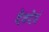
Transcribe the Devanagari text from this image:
देवदेवं